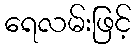
ရေလမ်းဖြင့်